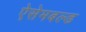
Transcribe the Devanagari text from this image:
ऐसेमबल्ड